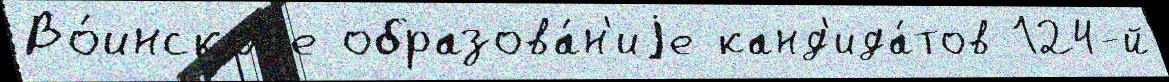
Во́инскоjе образова́н'иjе канд'ида́тов 124-й